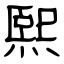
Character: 煕